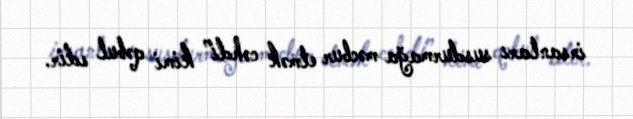
insanları susdurmağa məcbur etmək cəhdi” kimi qəbul edir.